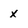
Character: x